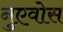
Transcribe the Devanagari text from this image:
नुएवोस